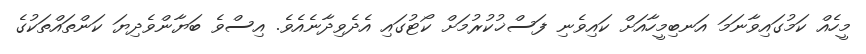
މީހެއް ކަމުގައިވާނަމަ އަނބިމީހާއަށް ކައިވެނި ފަސްޚުކުރުމަށް ކޯޓުގައި އެދެވިދާނެއެވެ. އިސްވެ ބަޔާންވެދިޔަ ކަންތައްތަކުގެ